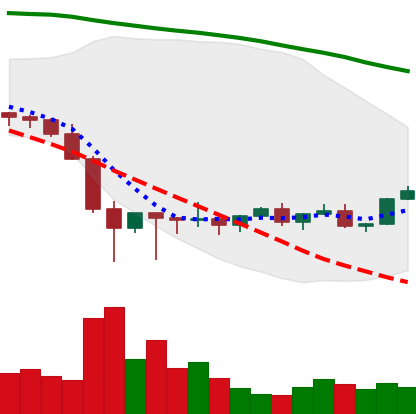
Ticker: XLM-USD
Chart end date: 2022-02-05
Forward return: 8.917%
Label: up_7plus